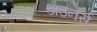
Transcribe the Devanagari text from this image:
डाउनर्स